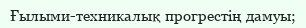
Ғылыми-техникалық прогрестің дамуы;